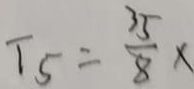
T _ { 5 } = \frac { 3 5 } { 8 } x